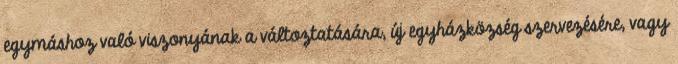
egymáshoz való viszonyának a változtatására, új egyházközség szervezésére, vagy